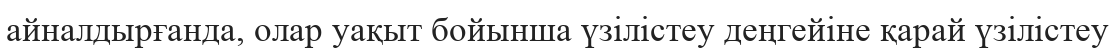
айналдырғанда, олар уақыт бойынша үзілістеу деңгейіне қарай үзілістеу